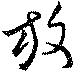
放